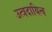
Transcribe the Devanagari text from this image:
उत्त्रदायित्व